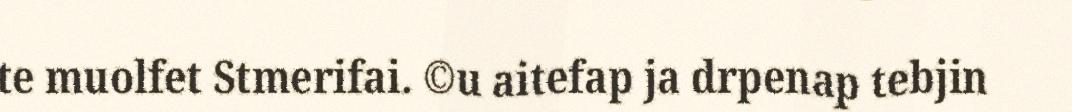
te muolfet Stmerifai. ©u aitefap ja drpenap tebjin